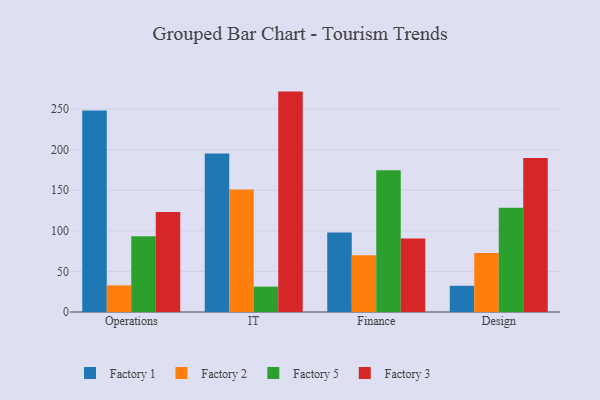
{"axis": {"x": "Department", "y": "Market Share (%)"}, "legend": ["Factory 1", "Factory 2", "Factory 3", "Factory 5"], "data": [{"x": "Operations", "y": 248.3, "type": "Factory 1"}, {"x": "Operations", "y": 32.8, "type": "Factory 2"}, {"x": "Operations", "y": 93.4, "type": "Factory 5"}, {"x": "Operations", "y": 123.2, "type": "Factory 3"}, {"x": "IT", "y": 195.3, "type": "Factory 1"}, {"x": "IT", "y": 150.8, "type": "Factory 2"}, {"x": "IT", "y": 31.2, "type": "Factory 5"}, {"x": "IT", "y": 271.5, "type": "Factory 3"}, {"x": "Finance", "y": 98.0, "type": "Factory 1"}, {"x": "Finance", "y": 70.0, "type": "Factory 2"}, {"x": "Finance", "y": 174.6, "type": "Factory 5"}, {"x": "Finance", "y": 90.6, "type": "Factory 3"}, {"x": "Design", "y": 32.3, "type": "Factory 1"}, {"x": "Design", "y": 72.8, "type": "Factory 2"}, {"x": "Design", "y": 128.4, "type": "Factory 5"}, {"x": "Design", "y": 189.8, "type": "Factory 3"}]}